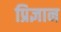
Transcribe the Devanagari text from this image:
प्रिज्ञान